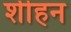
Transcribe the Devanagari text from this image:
शीहन